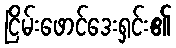
ငြိမ်းဖောင်ဒေးရှင်း၏